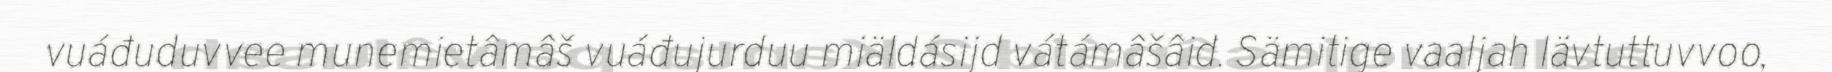
vuáđuduvvee munemietâmâš vuáđujurduu miäldásijd vátámâšâid. Sämitige vaaljah Iävtuttuvvoo,